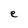
Character: e